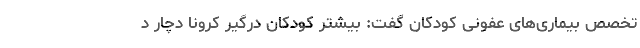
تخصص بیماری‌های عفونی کودکان گفت: بیشتر کودکان درگیر کرونا دچار د